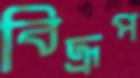
বিদ্রূপ